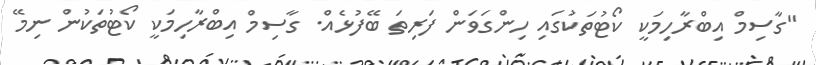
"ގާސިމް އިބްރާހިމަކީ ކޯޓުތަކުގައި ހިންގަވަން ފަރިތަ ބޭފުޅެއް. ގާސިމް އިބްރާހިމަކީ ކޯޓުތަކުން ނިމޭ